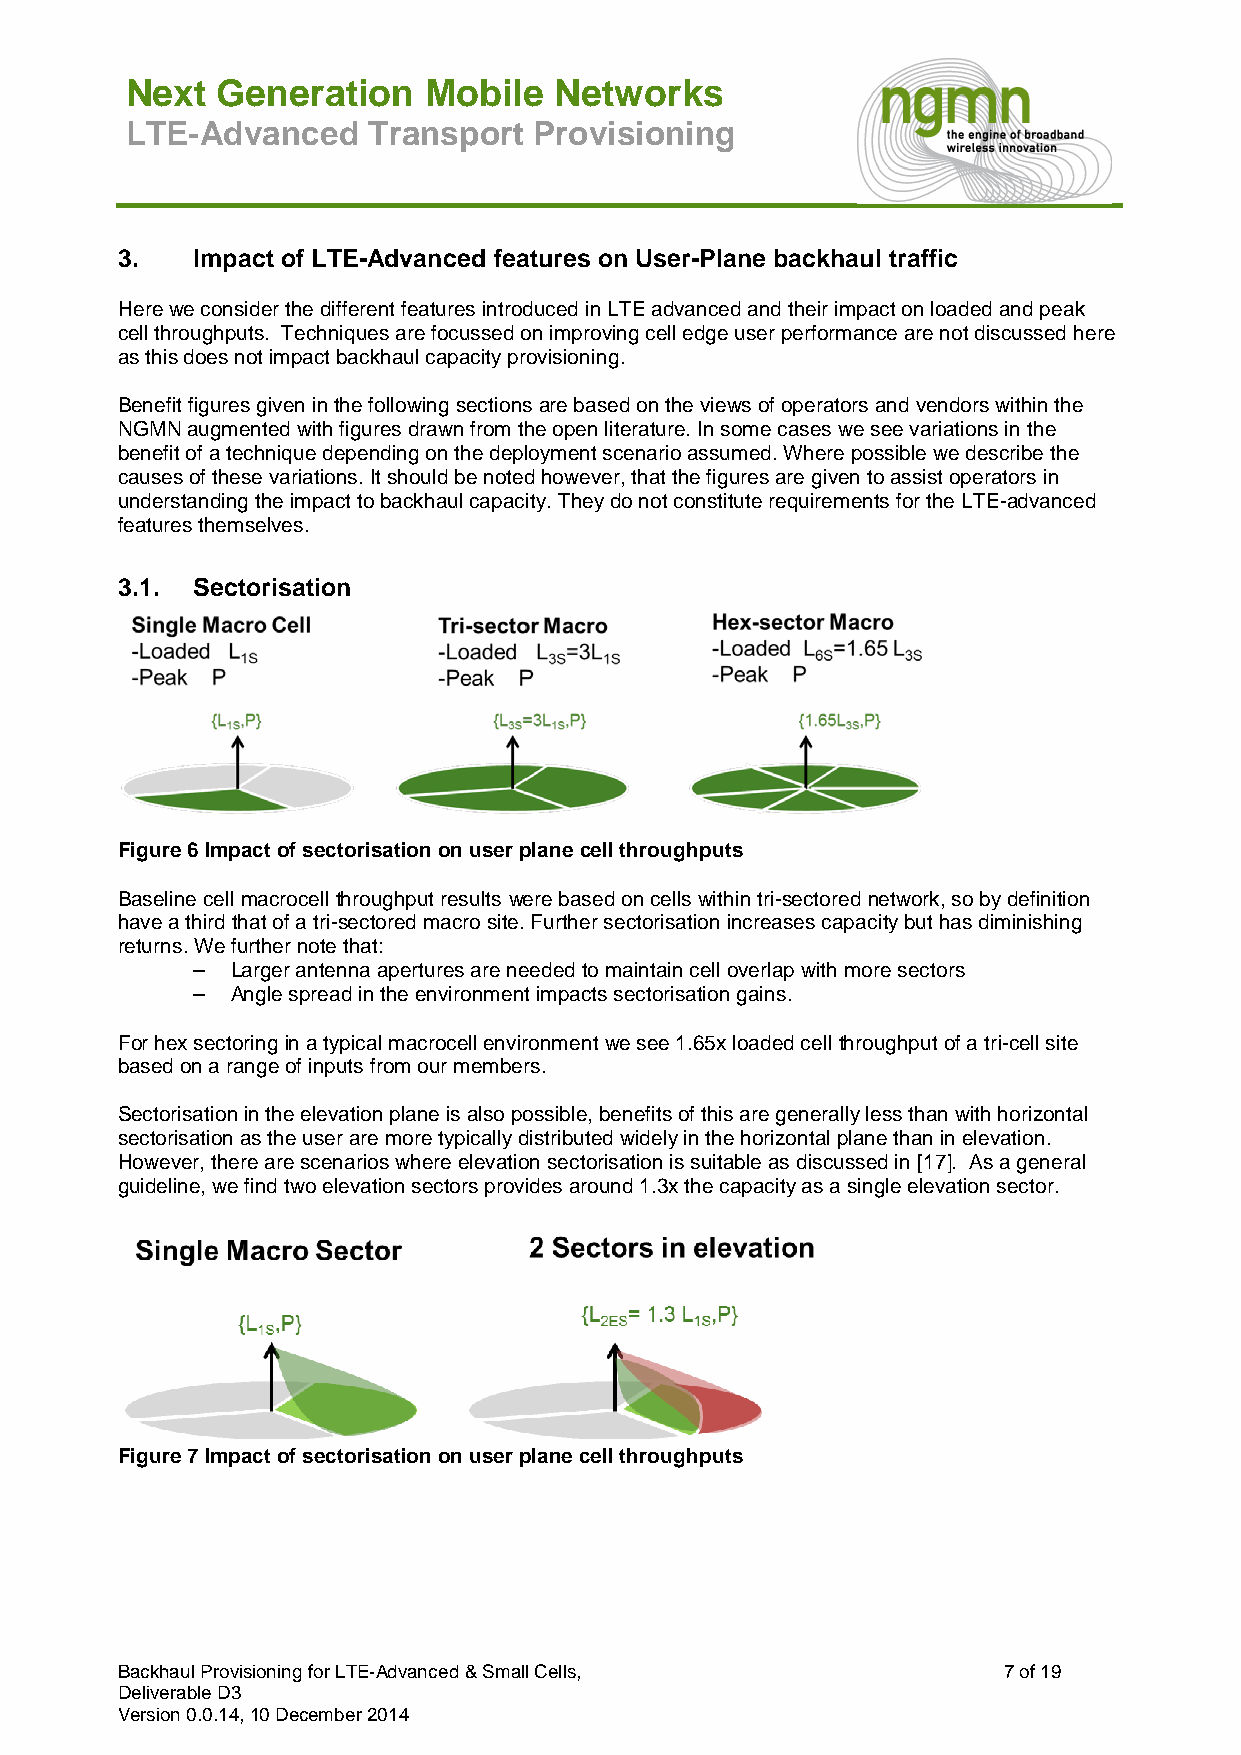
Next  Generation    Mobile   Networks
 LTE-Advanced    Transport  Provisioning
 3.   Impact of LTE-Advanced features on User-Plane backhaul traffic
 Here we consider the different features introduced in LTE advanced and their impact on loaded and peak
 cell throughputs. Techniques are focussed on improving cell edge user performance are not discussed here
 as this does not impact backhaul capacity provisioning.
 Benefit figures given in the following sections are based on the views of operators and vendors within the
 NGMN augmented with figures drawn from the open literature. In some cases we see variations in the
 benefit of a technique depending on the deployment scenario assumed. Where possible we describe the
 causes of these variations. It should be noted however, that the figures are given to assist operators in
 understanding the impact to backhaul capacity. They do not constitute requirements for the LTE-advanced
 features themselves.
 3.1. Sectorisation
 Figure 6 Impact of sectorisation on user plane cell throughputs
 Baseline cell macrocell throughput results were based on cells within tri-sectored network, so by definition
 have a third that of a tri-sectored macro site. Further sectorisation increases capacity but has diminishing
 returns. We further note that:
 – Larger antenna apertures are needed to maintain cell overlap with more sectors
 – Angle spread in the environment impacts sectorisation gains.
 For hex sectoring in a typical macrocell environment we see 1.65x loaded cell throughput of a tri-cell site
 based on a range of inputs from our members.
 Sectorisation in the elevation plane is also possible, benefits of this are generally less than with horizontal
 sectorisation as the user are more typically distributed widely in the horizontal plane than in elevation.
 However, there are scenarios where elevation sectorisation is suitable as discussed in [17]. As a general
 guideline, we find two elevation sectors provides around 1.3x the capacity as a single elevation sector.
 Figure 7 Impact of sectorisation on user plane cell throughputs
 Backhaul Provisioning for LTE-Advanced & Small Cells,     7 of 19
 Deliverable D3
 Version 0.0.14, 10 December 2014